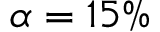
\alpha = 1 5 \%